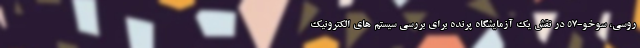
روسی، سوخو-57 در نقش یک آزمایشگاه پرنده برای بررسی سیستم های الکترونیک